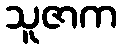
သူဇာက